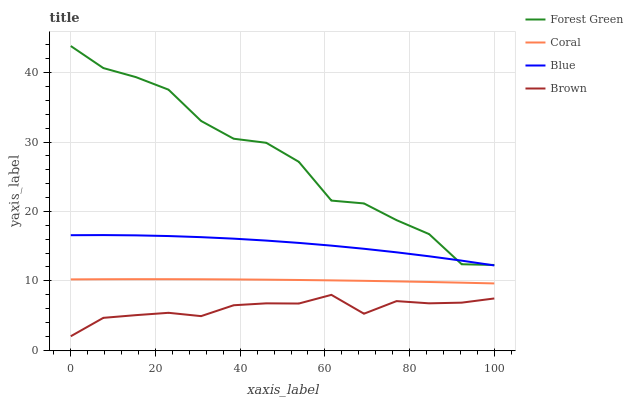
| xaxis_label | Forest Green | Coral | Blue | Brown |
 | --- | --- | --- | --- | --- |
 | 0 | 43.8 | 10.2 | 16.6 | 2 |
 | 7.69 | 40.7 | 10.2 | 16.6 | 4.65 |
 | 15.4 | 39.4 | 10.2 | 16.5 | 5.04 |
 | 23.1 | 37.6 | 10.2 | 16.4 | 5.38 |
 | 30.8 | 33 | 10.2 | 16.3 | 4.9 |
 | 38.5 | 30.5 | 10.2 | 16.1 | 6.47 |
 | 46.2 | 29.9 | 10.2 | 15.8 | 6.74 |
 | 53.8 | 27.1 | 10.1 | 15.5 | 6.72 |
 | 61.5 | 21.6 | 10.1 | 15.1 | 7.97 |
 | 69.2 | 21.1 | 9.99 | 14.6 | 5.25 |
 | 76.9 | 18.7 | 9.91 | 14.1 | 7.07 |
 | 84.6 | 16.7 | 9.82 | 13.5 | 6.75 |
 | 92.3 | 12.4 | 9.72 | 12.9 | 6.84 |
 | 100 | 12.3 | 9.62 | 12.2 | 7.45 |